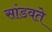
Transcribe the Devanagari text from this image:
सांडवते